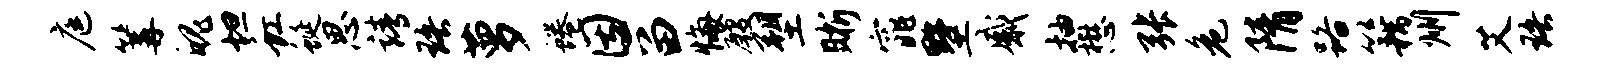
庭篝魄坦虹蜒思靖珞萝蜷因留悔殷塑晰窕墅感抽懋张危隋路籍州艾珞